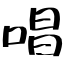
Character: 唱